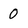
Character: 0